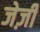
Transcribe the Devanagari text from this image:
जेर्ज़ी